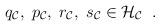
LaTeX: \begin{align*}q_{\cal C} , \; p_{\cal C}, \; r_{\cal C}, \; s_{\cal C}\in {\cal H}_{\cal C} \; \; .\end{align*}